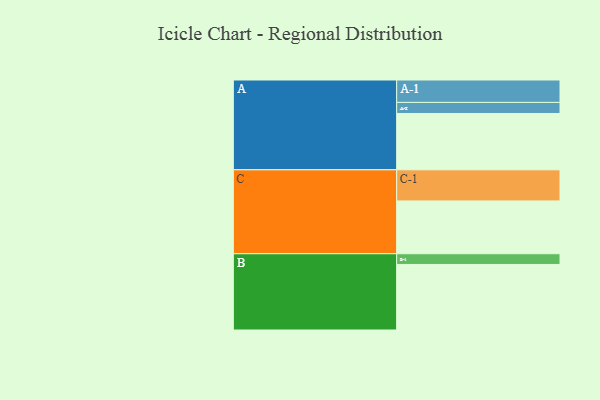
{"axis": {"x": "Segment", "y": "Value"}, "legend": ["", "A", "B", "C"], "data": [{"x": "A", "y": 478, "type": ""}, {"x": "B", "y": 556, "type": ""}, {"x": "C", "y": 448, "type": ""}, {"x": "A-1", "y": 190, "type": "A"}, {"x": "A-2", "y": 94, "type": "A"}, {"x": "B-1", "y": 91, "type": "B"}, {"x": "C-1", "y": 264, "type": "C"}]}